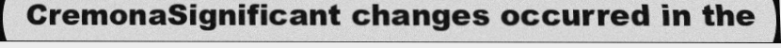
CremonaSignificant changes occurred in the